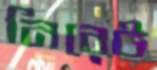
নিরেট